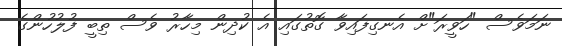
ނަމަވެސް "ހަވީރަ"ށް އެނގިފައިވާ ގޮތުގައި އެ ކުދިން މިހާރު ވެސް ތިބީ ފުލުހުންގެ